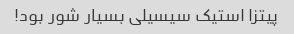
پیتزا استیک سیسیلی بسیار شور بود!